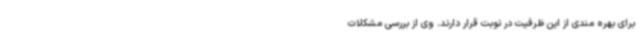
برای بهره مندی از این ظرفیت در نوبت قرار دارند. وی از بررسی مشکلات